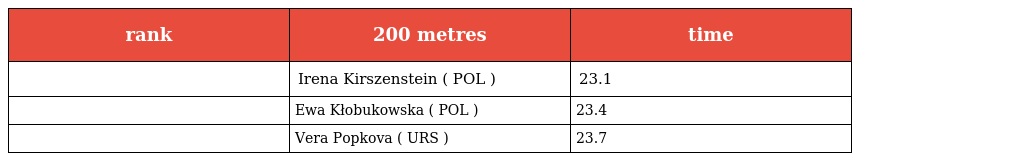
| rank | 200 metres | time |
 | --- | --- | --- |
 |  | Irena Kirszenstein ( POL ) | 23.1 |
 |  | Ewa Kłobukowska ( POL ) | 23.4 |
 |  | Vera Popkova ( URS ) | 23.7 |